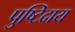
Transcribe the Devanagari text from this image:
पुष्टिदाय